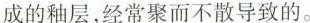
成的釉层,经常聚而不散导致的。